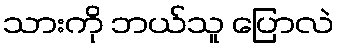
သားကို ဘယ်သူ ပြောလဲ